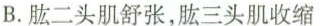
B.肱二头肌舒张，肱三头肌收缩